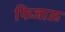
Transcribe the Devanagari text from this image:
फिजाऊ